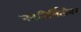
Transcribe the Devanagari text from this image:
नवनिर्मितीवर